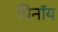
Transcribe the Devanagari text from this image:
पिनॉय